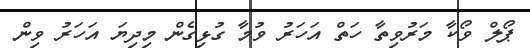
ޕޯލް ވޯކާ މަރުވިތާ ހަތް އަހަރު ވުމާ ގުޅިގެން މިދިޔަ އަހަރު ވިން